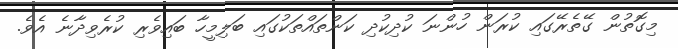
މިގޮތުން ގޭތެރޭގައި ކުރަން ހުންނަ ކުދިކުދި ކަންތައްތަކުގައި ބަލިމީހާ ބައިވެރި ކުރެވިދާނެ އެވެ.